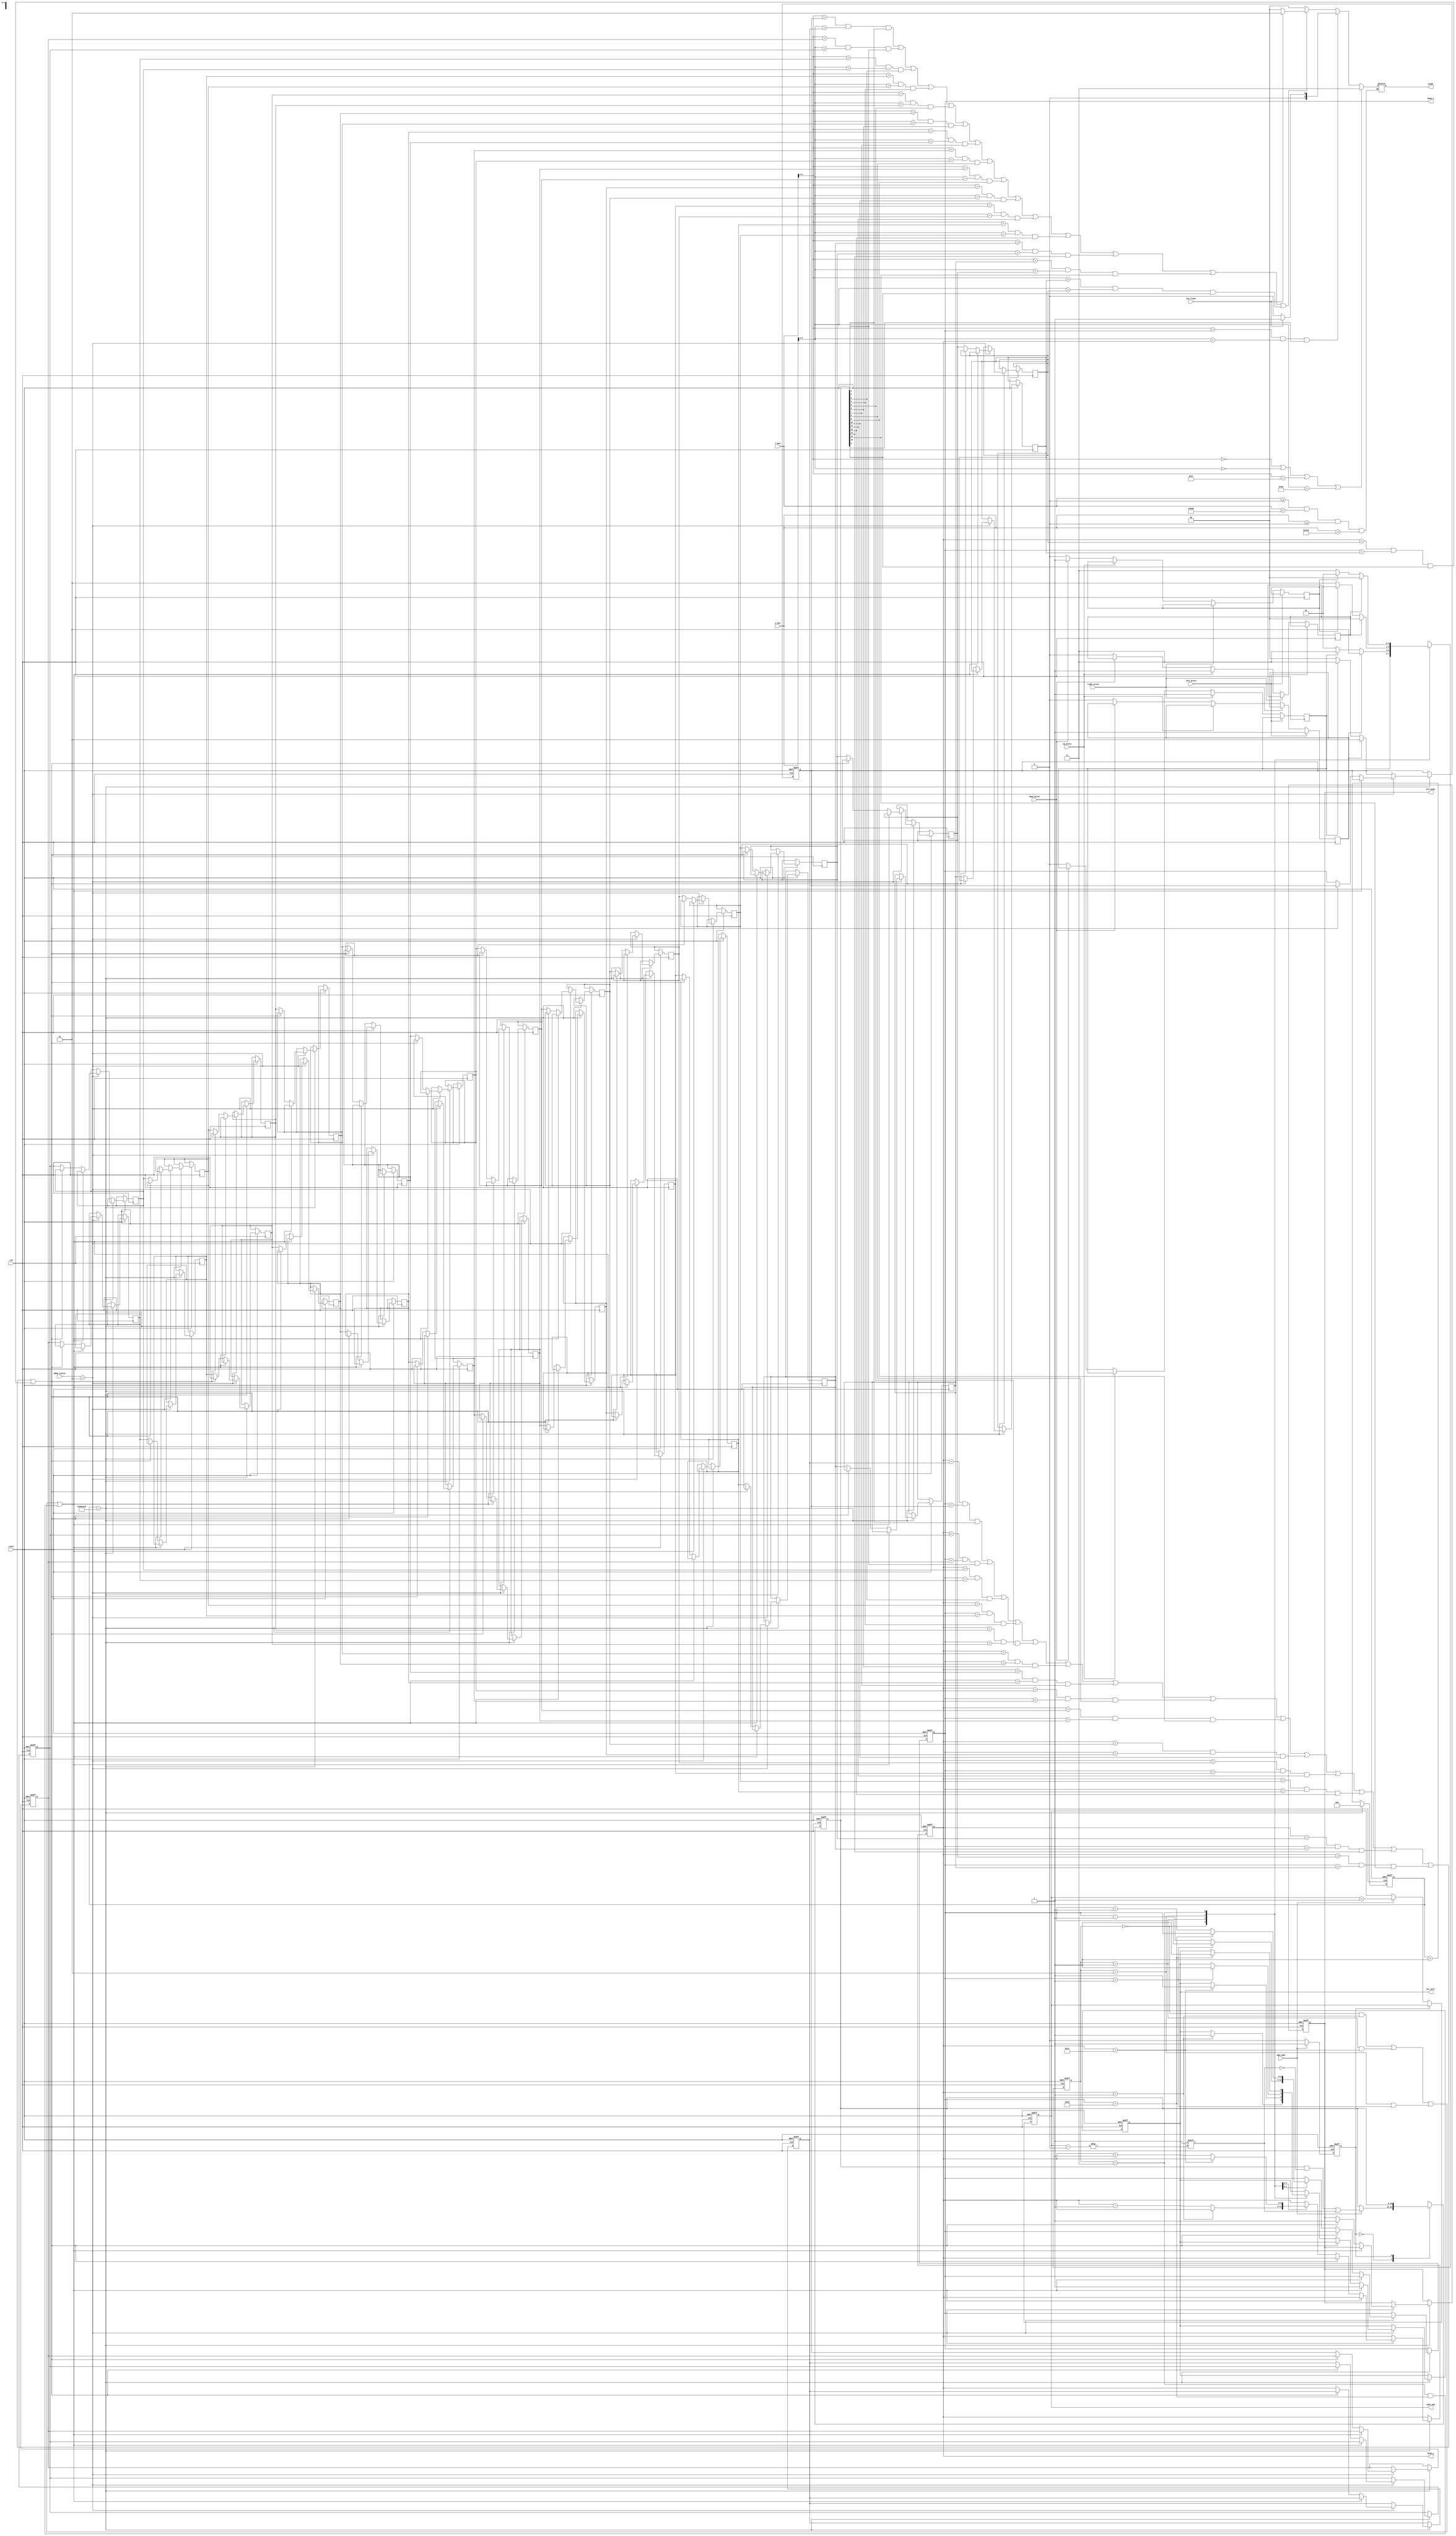
module Snake_one(
	
	input clk,
	input reset,

	input left_press,
	input right_press,
	input up_press,
	input down_press,

	input [9:0] x_pos,
	input [9:0] y_pos,

	input add_cube,
	
	input [1:0] game_status,
	input die_flash,

	output reg [1:0] snake,
	output reg [6:0] cube_num,

	output [5:0] head_x,
	output [5:0] head_y,
	
	output reg hit_body,
	output reg hit_wall);
	
	localparam UP = 2'b00;
	localparam DOWN = 2'b01;
	localparam LEFT = 2'b10;
	localparam RIGHT = 2'b11;

	localparam NONE = 2'b00;
	localparam HEAD = 2'b01;
	localparam BODY = 2'b10;
	localparam WALL = 2'b11;
	
	localparam PLAY = 2'b10;
	
	reg [31:0] cnt;

	wire [1:0] direct; 
	reg  [1:0] direct_r;
	assign direct=direct_r;
	reg [1:0] direct_next;

	reg change_to_left;
	reg change_to_right;
	reg change_to_up;
	reg change_to_down;

 	reg [5:0] cube_x[15:0];
	reg [5:0] cube_y[15:0];
	reg [15:0] is_exist;

	reg [2:0] color;

	assign head_x = cube_x[0];
	assign head_y = cube_y[0];



	always @( posedge clk or negedge reset  )  //
		
		if( !reset)
			direct_r<=RIGHT ;
		else
			direct_r<=direct_next;


	always @( posedge clk or negedge reset  )
	begin
		if(!reset ) 
		     begin            //

			cnt <= 0;

			cube_x[0] <= 10;
			cube_y[0] <= 5;

			cube_x[1] <= 9;
			cube_y[1] <= 5;
			
			cube_x[2] <= 8;
			cube_y[2] <= 5;
			
			hit_wall <= 0;
			hit_body <= 0;
					
		    end

		else 
		    begin
		
			cnt <= cnt + 1;
		
			if( cnt == 12500000 ) begin
				cnt <= 0;
				
			if( game_status == PLAY ) begin  //playhit_wall
		
					if( ( direct == UP && cube_y[0] == 1 )  
							| ( direct == DOWN && cube_y[0] == 28 )
							| ( direct == LEFT && cube_x[0] == 1 )
							| ( direct == RIGHT && cube_x[0] == 38 ) )
						hit_wall <= 1;
				//hit_dody
else if( ( cube_y[0] == cube_y[1] && cube_x[0] == cube_x[1] && is_exist[1] == 1 )
	| ( cube_y[0] == cube_y[2] && cube_x[0] == cube_x[2] && is_exist[2] == 1 )
	| ( cube_y[0] == cube_y[3] && cube_x[0] == cube_x[3] && is_exist[3] == 1 )
	| ( cube_y[0] == cube_y[4] && cube_x[0] == cube_x[4] && is_exist[4] == 1 )
	| ( cube_y[0] == cube_y[5] && cube_x[0] == cube_x[5] && is_exist[5] == 1 )
	| ( cube_y[0] == cube_y[6] && cube_x[0] == cube_x[6] && is_exist[6] == 1 )
	| ( cube_y[0] == cube_y[7] && cube_x[0] == cube_x[7] && is_exist[7] == 1 )
	| ( cube_y[0] == cube_y[8] && cube_x[0] == cube_x[8] && is_exist[8] == 1 )
	| ( cube_y[0] == cube_y[9] && cube_x[0] == cube_x[9] && is_exist[9] == 1 )
| ( cube_y[0] == cube_y[10] && cube_x[0] == cube_x[10] && is_exist[10] == 1 )
| ( cube_y[0] == cube_y[11] && cube_x[0] == cube_x[11] && is_exist[11] == 1 )
| ( cube_y[0] == cube_y[12] && cube_x[0] == cube_x[12] && is_exist[12] == 1 )
| ( cube_y[0] == cube_y[13] && cube_x[0] == cube_x[13] && is_exist[13] == 1 )
| ( cube_y[0] == cube_y[14] && cube_x[0] == cube_x[14] && is_exist[14] == 1 )
| ( cube_y[0] == cube_y[15] && cube_x[0] == cube_x[15] && is_exist[15] == 1 ) )
							
							 hit_body<=1;
						
		else           //,
		        begin
						cube_x[1] <= cube_x[0];
						cube_y[1] <= cube_y[0];
		
						cube_x[2] <= cube_x[1];
						cube_y[2] <= cube_y[1];
		
						cube_x[3] <= cube_x[2];
						cube_y[3] <= cube_y[2];
		
						cube_x[4] <= cube_x[3];
						cube_y[4] <= cube_y[3];
		
						cube_x[5] <= cube_x[4];
						cube_y[5] <= cube_y[4];
		
						cube_x[6] <= cube_x[5];
						cube_y[6] <= cube_y[5];
		
						cube_x[7] <= cube_x[6];
						cube_y[7] <= cube_y[6];
		
						cube_x[8] <= cube_x[7];
						cube_y[8] <= cube_y[7];
		
						cube_x[9] <= cube_x[8];
						cube_y[9] <= cube_y[8];
		
						cube_x[10] <= cube_x[9];
						cube_y[10] <= cube_y[9];
		
						cube_x[11] <= cube_x[10];
						cube_y[11] <= cube_y[10];
		
						cube_x[12] <= cube_x[11];
						cube_y[12] <= cube_y[11];
		
						cube_x[13] <= cube_x[12];
						cube_y[13] <= cube_y[12];
		
						cube_x[14] <= cube_x[13];
						cube_y[14] <= cube_y[13];
		
						cube_x[15] <= cube_x[14];
						cube_y[15] <= cube_y[14];
						
						
		
						case( direct )        //
		
						UP:begin
							if( cube_y[0] == 1 )
								hit_wall <= 1;
							else 
								cube_y[0] <= cube_y[0] - 1;
						end
						
						DOWN: begin
							if( cube_y[0] == 28 )
								hit_wall <= 1;
							else
								cube_y[0] <= cube_y[0] + 1;
						end
						
						LEFT:begin
							if( cube_x[0] == 1 )
								hit_wall <= 1;
							else 
								cube_x[0] <= cube_x[0] - 1;
						end
						
						RIGHT: begin
							if( cube_x[0] == 38 )
								hit_wall <= 1;
							else
								cube_x[0] <= cube_x[0] + 1;
						end
						
						endcase
					
					end
			
				end
				
			end
			
		end
end

	always @( * ) begin
		
		direct_next = direct;

		case( direct )

		UP: 
			begin
				if( change_to_left )
					direct_next = LEFT;
				else if( change_to_right )
					direct_next = RIGHT;
				else 
					direct_next = UP;
			end

		DOWN : 
			begin
				if( change_to_left )
					direct_next = LEFT;
				else if( change_to_right )
					direct_next = RIGHT;
				else 
					direct_next = DOWN;
			end

		LEFT : 
			begin
				if( change_to_up )
					direct_next = UP;
				else if( change_to_down )
					direct_next = DOWN;
				else 
					direct_next = LEFT;	
			end

		RIGHT : 
			begin
				if( change_to_up )
					direct_next = UP;
				else if( change_to_down )
					direct_next = DOWN;
				else 
					direct_next = RIGHT;
			end

		endcase

	end


	always @( posedge clk ) begin

		if( left_press == 1 ) begin
			change_to_left <= 1;
		end
			
		else if( right_press == 1 ) begin				
			change_to_right <= 1;	
		end

		else if( up_press == 1 ) begin
			change_to_up <= 1;
		end

		else if( down_press == 1 ) begin
			change_to_down <= 1;
		end

		else begin
			change_to_left <= 0;
			change_to_right <= 0;
			change_to_up <= 0;
			change_to_down <= 0;
		end

	end


	reg addcube_state;
	
	always @( posedge clk or negedge reset ) begin
		
		if( reset == 0 ) begin

			is_exist <= 16'b0000000000000111;

			cube_num <= 3;
			addcube_state <= 0;
			
		end
		
		else begin
		
			case( addcube_state )
		
			0: begin
				if( add_cube ) begin
				
					cube_num <= cube_num + 1;
					is_exist[cube_num] <= 1;
					addcube_state <= 1;
					
				end
			end
			
			1: begin
			
				if(!add_cube)
					addcube_state <= 0;
					
			end
			
			endcase
			
		end
		
	end


	reg [3:0] lox;
	reg [3:0] loy;

	// determine the display
	always @( x_pos or y_pos ) begin
	
		if( x_pos >= 0 && x_pos < 640 && y_pos >= 0 && y_pos < 480 ) begin

	if( ( x_pos[9:4] == 0 | y_pos[9:4] == 0 | x_pos[9:4] == 39 | y_pos[9:4] == 29 ) )
				snake = WALL;

else if( x_pos[9:4] == cube_x[0] && y_pos[9:4] == cube_y[0] && is_exist[0] == 1 ) begin
				snake = ( die_flash == 1 ) ? HEAD : NONE;
			end
else if
( ( x_pos[9:4] == cube_x[1] && y_pos[9:4] == cube_y[1] && is_exist[1] == 1 )
	| ( x_pos[9:4] == cube_x[2] && y_pos[9:4] == cube_y[2] && is_exist[2] == 1 )
	| ( x_pos[9:4] == cube_x[3] && y_pos[9:4] == cube_y[3] && is_exist[3] == 1 )
	| ( x_pos[9:4] == cube_x[4] && y_pos[9:4] == cube_y[4] && is_exist[4] == 1 )
	| ( x_pos[9:4] == cube_x[5] && y_pos[9:4] == cube_y[5] && is_exist[5] == 1 )
	| ( x_pos[9:4] == cube_x[6] && y_pos[9:4] == cube_y[6] && is_exist[6] == 1 )
	| ( x_pos[9:4] == cube_x[7] && y_pos[9:4] == cube_y[7] && is_exist[7] == 1 )
	| ( x_pos[9:4] == cube_x[8] && y_pos[9:4] == cube_y[8] && is_exist[8] == 1 )
	| ( x_pos[9:4] == cube_x[9] && y_pos[9:4] == cube_y[9] && is_exist[9] == 1 )
| ( x_pos[9:4] == cube_x[10] && y_pos[9:4] == cube_y[10] && is_exist[10] == 1 )
| ( x_pos[9:4] == cube_x[11] && y_pos[9:4] == cube_y[11] && is_exist[11] == 1 )
| ( x_pos[9:4] == cube_x[12] && y_pos[9:4] == cube_y[12] && is_exist[12] == 1 )
| ( x_pos[9:4] == cube_x[13] && y_pos[9:4] == cube_y[13] && is_exist[13] == 1 )
| ( x_pos[9:4] == cube_x[14] && y_pos[9:4] == cube_y[14] && is_exist[14] == 1 )
| ( x_pos[9:4] == cube_x[15] && y_pos[9:4] == cube_y[15] && is_exist[15] == 1 ))
				snake = ( die_flash == 1 ) ? BODY : NONE;

			else
				snake = NONE;
		end

	end	 

endmodule